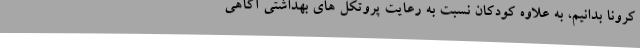
کرونا بدانیم، به علاوه کودکان نسبت به رعایت پروتکل های بهداشتی آگاهی